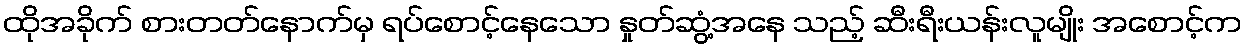
ထိုအခိုက် စားတတ်နောက်မှ ရပ်စောင့်နေသော နှုတ်ဆွံ့အနေ သည့် ဆီးရီးယန်းလူမျိုး အစောင့်က